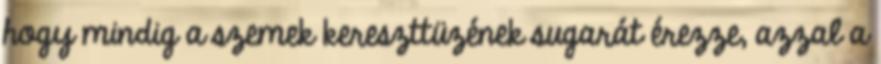
hogy mindig a szemek kereszttüzének sugarát érezze, azzal a